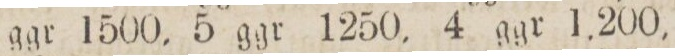
ggr 1500, 5 ggr 1250, 4 ggr 1,200,